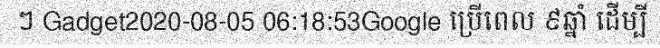
ៗ Gadget2020-08-05 06:18:53Google ប្រើពេល ៩ឆ្នាំ ដើម្បី